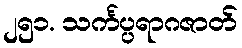
၂၅၁. သင်္ကပ္ပရာဂဇာတ်